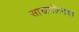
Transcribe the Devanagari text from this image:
साखालिनचा